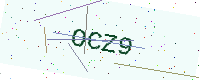
Text: OCZ9